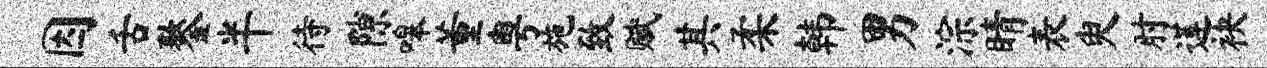
因舌鏊半待隙嗥董粤施致赋其柔韩男淙睛表臾肘莲袂